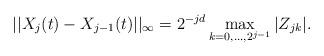
LaTeX: \begin{align*}|| X_j(t)-X_{j-1}(t) ||_{\infty}=2^{-jd} \max_{k=0,...,2^{j-1}} |Z_{jk}|.\end{align*}